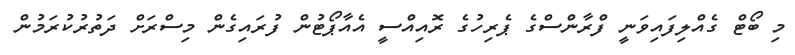
މި ބޯޓް ގެއްލިފައިވަނީ ފްރާންސްގެ ޕެރިހުގެ ރޮއިއްސީ އެއާޕޯޓުން ފުރައިގެން މިސްރަށް ދަތުރުކުރަމުން